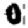
Digit: 0